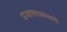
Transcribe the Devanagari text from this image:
प्रजासत्ताकाकडे